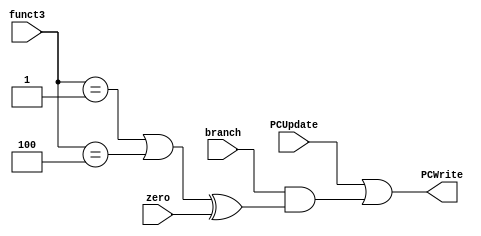
`define BEQ 3'b000
`define BNE 3'b001
`define BLT 3'b100
`define BGE 3'b101


module pcwrite_decoder(PCUpdate, branch, funct3, zero, PCWrite);

    input PCUpdate, branch, zero;
	input [2:0] funct3;
    output PCWrite;

    assign PCWrite = PCUpdate | ( branch & ((funct3 == `BNE | funct3 == `BLT) ^ zero) );

endmodule